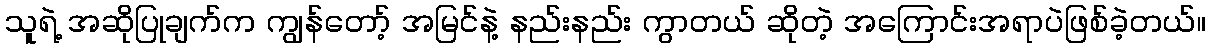
သူရဲ့ အဆိုပြုချက်က ကျွန်တော့် အမြင်နဲ့ နည်းနည်း ကွာတယ် ဆိုတဲ့ အကြောင်းအရာပဲဖြစ်ခဲ့တယ်။